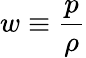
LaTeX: w\equiv{\frac{p}{\rho}}